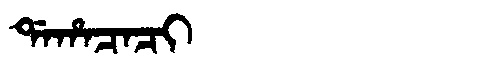
Manchu: ᡩᠠᡥᠠᠴᠠᠴᡳ
Romanization: DAHACACI